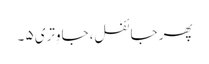
پھر جائفل، جاوِتری ۵ ۔